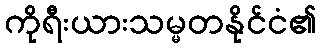
ကိုရီးယားသမ္မတနိုင်ငံ၏